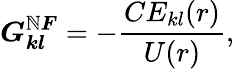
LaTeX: \boldsymbol{G_{kl}^{\mathbb{N}F}}=-\frac{{CE_{kl}(r)}}{{U(r)}},